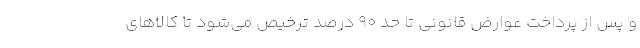
و پس از پرداخت عوارض قانونی تا حد ۹۰ درصد ترخیص می‌شود تا کالا‌های